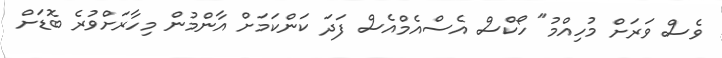
ވެސް ވަރަށް މުހިއްމު" ހޯކްސް އެސްއެމްއެސް ފަދަ ކަންކަމަށް އާންމުން މިހާރަށްވުރެ ބޮޑަށް